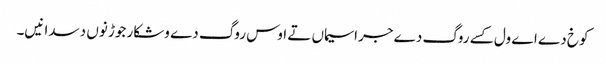
کوخ دے اے ول کسے روگ دے جراسیماں تے اوس روگ دے وشکار جوڑ نوں دسدا نیں۔